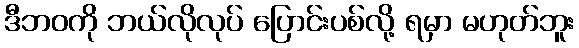
ဒီဘဝကို ဘယ်လိုလုပ် ပြောင်းပစ်လို့ ရမှာ မဟုတ်ဘူး